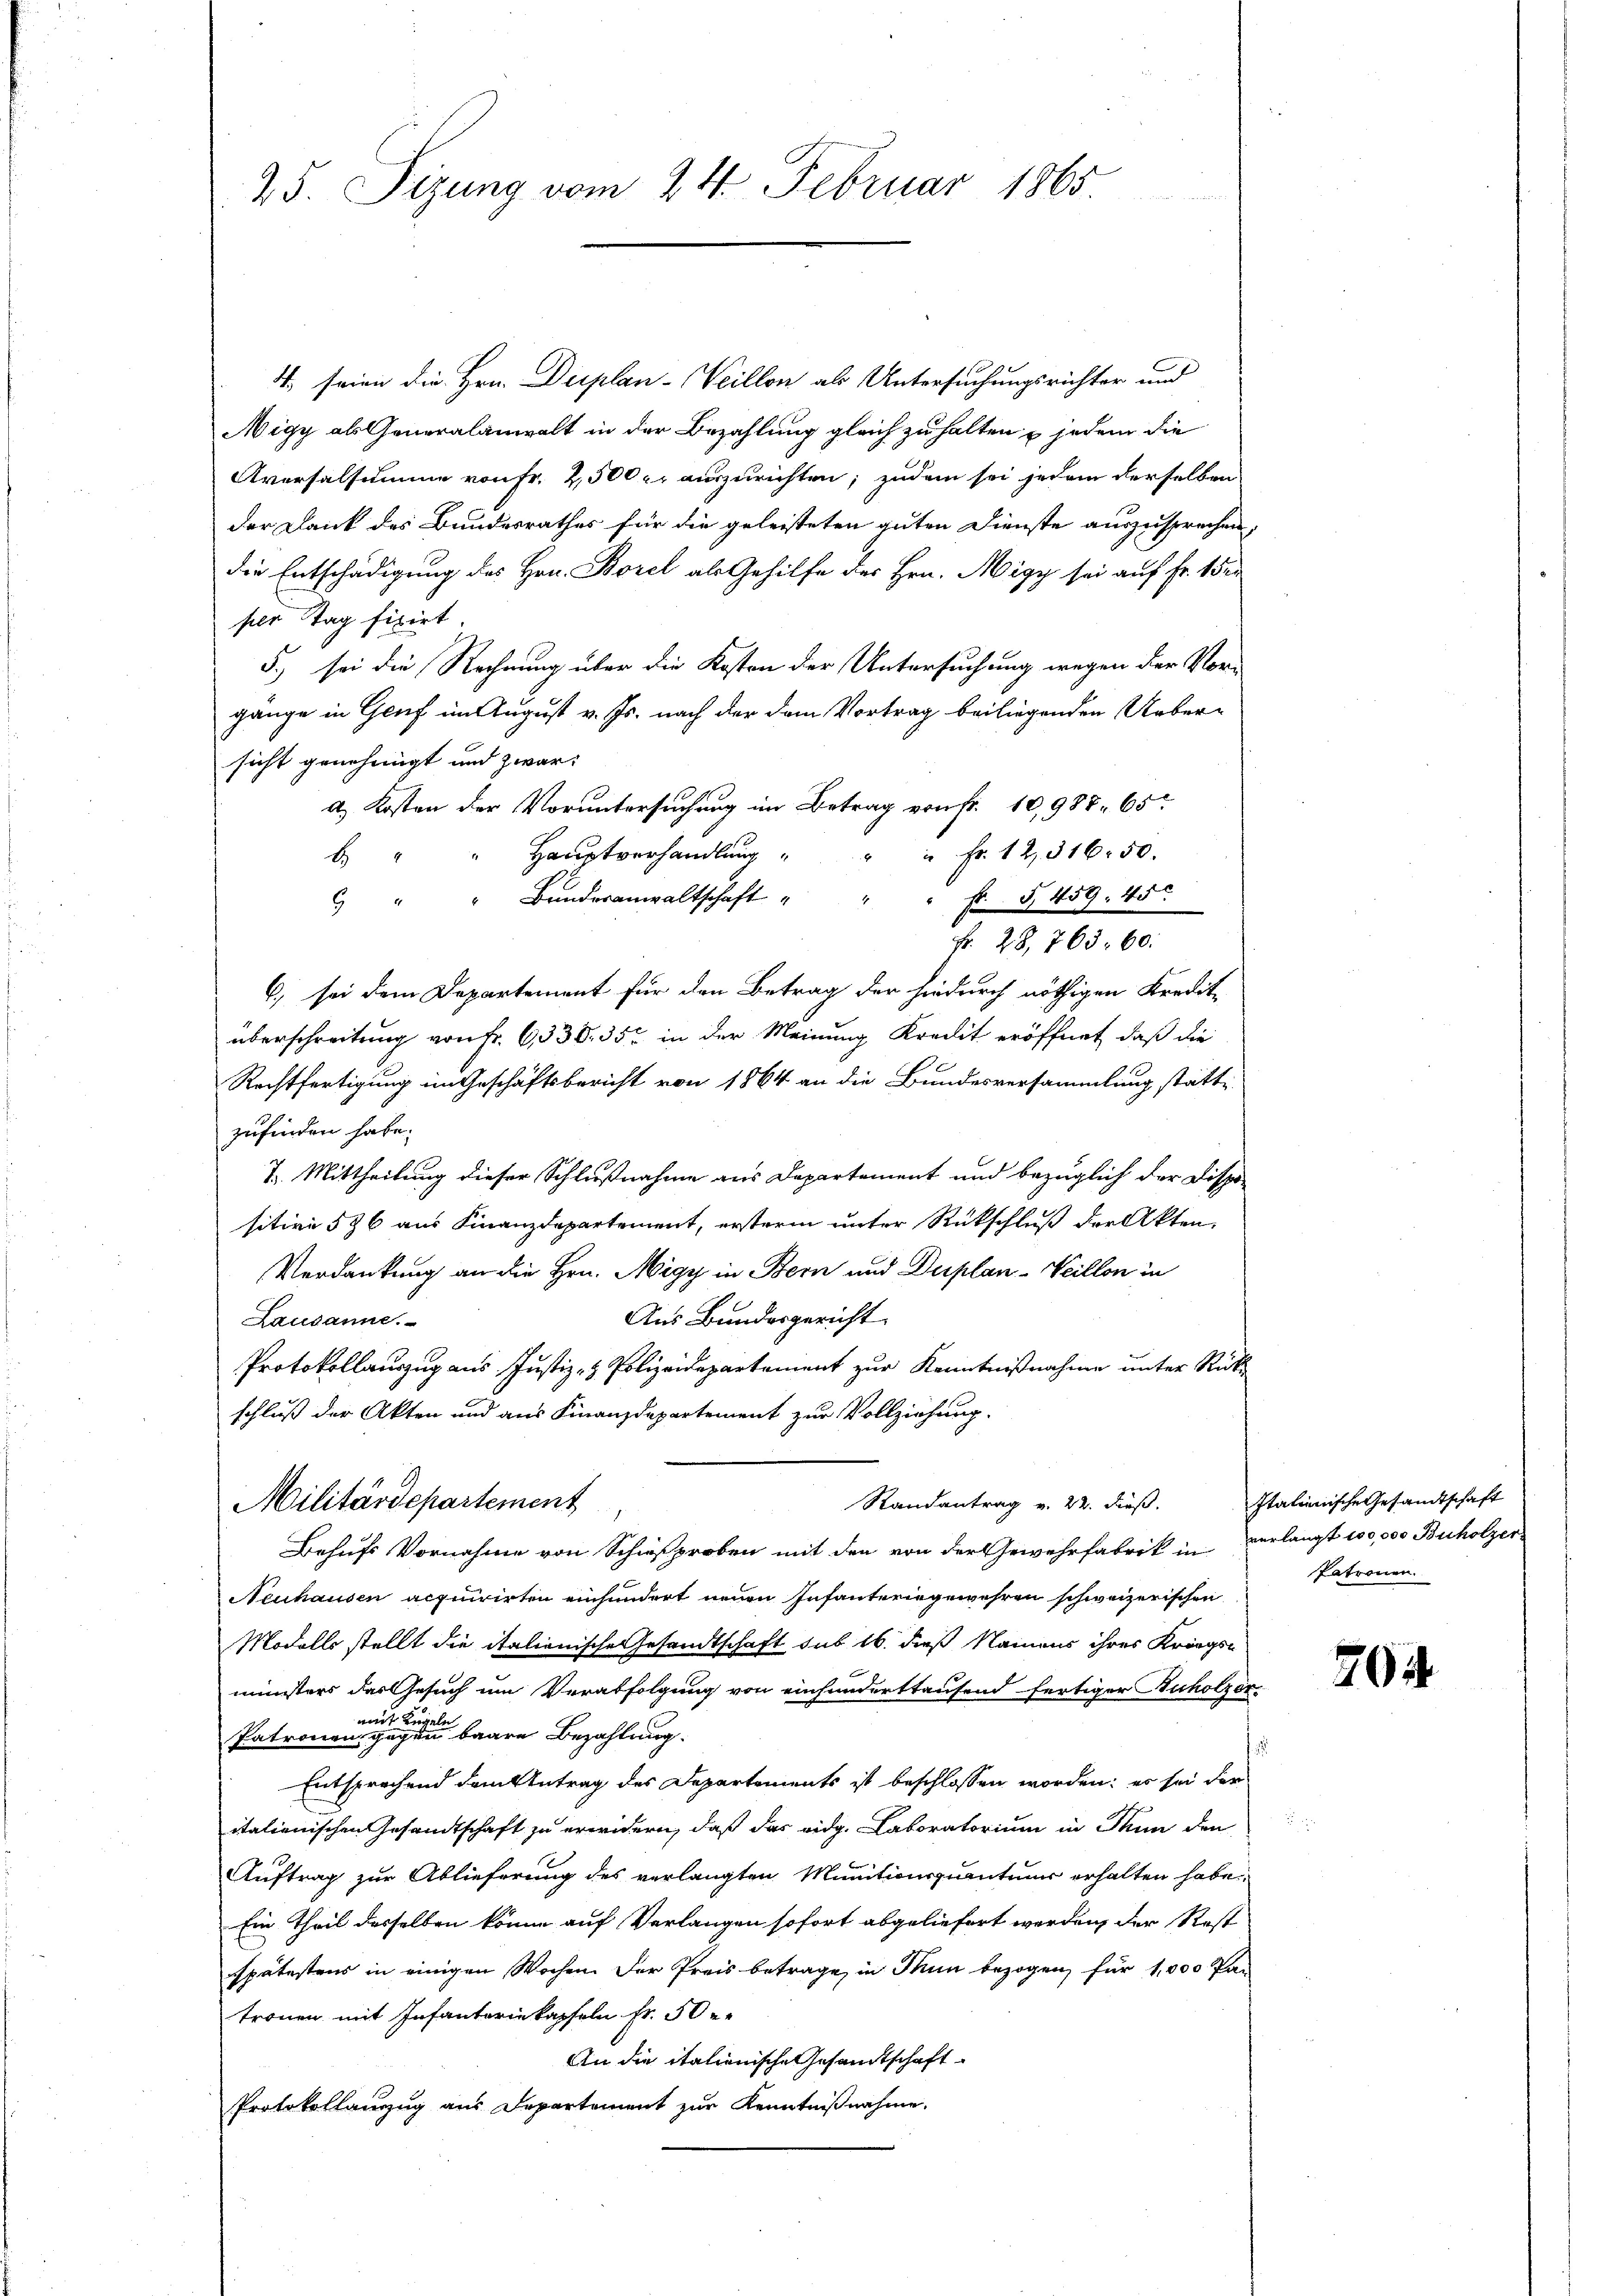
25. Sizung vom 24. Februar 1865.

4 seien die Hrn. Dieplan-Weillon als Untersuchungsrichter und
Nigy als Generalanwalt in der Bezahlung gleich zu halten & jedem die
Aversalsumme von Fr. 2500 r. auszurichten; zudem sei jedem derselben
der Dank des Bundesrathes für die geleisteten guten Dienste auszusprechen,
die Entschädigung des Hrn. Borel als Gehilfe des Hrn. Migy sei auf Fr. 152
per tag fixirt.
5.) sei die Rechnung über die Kosten der Untersuchung wegen der Vorgänge in Genf im August v. Js. nach der dem Vortrag beiliegenden Uebersicht genehmigt und zwar:
a Kosten der Voruntersuchung im Betrag von Fr. 10,987. 65
" Haŭptverhandlŭng " " " fr. 12, 316. 50.
B
 Bŭndesanwaltschaft " " " fr. S. 1659. 45
Fr. 28,765. 60.
6) sei dem Departement für den Betrag der hiedurch nöthigen Kredit-
überschreitung von Fr. 6338. 35 in der Meinung Kredit eröffnet, daß die
Rechtfertigung im Geschäftsbericht von 1864 an die Bundesversammlung statte
zufinden habe.
7. Mittheilung dieser Schlußnahme aus Departement und bezüglich der Dispo-
sitive 536 aus Finanzdepartement, ersterm unter Rückschluß der Akten,
Verdankung an die Hrn. Migy in Bern und Duplan- Veillon in
Aus Bundesgericht
Lausanne.
Protokollauszug aus Justiz- & Polizeidepartement zur Kenntnißnahme unter Rückschluß der Akten und aus Finanzdepartement zur Vollziehung.
Militärdepartement
Randantrag v. 22. dieß.
Behufs Vornahme von Schießproben mit den von der Gewehrfabrik in verlangt 100,000 Buholzer
Neuhausen acquirirten einhundert neuen Infanteriegewehren schweizerischen
Modello stellt die italienische Gesandtschaft sub 16. dieß Namens ihres Kriegs-
ministers das Gesuch um Verabfolgung von einhunderttaufend fertiger Ruholzor
Patronen eine eine einen baare Bezahlung.
Entsprechend dem Antrag des Departements ist beschlossen worden; es sei der
italienischen Gesandtschaft zu erwidern, daß das eidg. Laboratorium in Thun den
Auftrag zur Ablieferung des verlangten Munitionsquantuum erhalten habe
Ein Theil desselben könne auf Verlangen sofort abgeliefert werden, der Rest
spätestens in einigen Wochen der Preis betrage, in Thun bezogen, für 1,000 Pan
tronen mit Infanterie kapfeln Fr. 50 e
An die italionische Gesandtschaft
Protokollanzug aus Departement zur Kenntnißnahme.

Italienische Gesandtschaft
Patronen.

704